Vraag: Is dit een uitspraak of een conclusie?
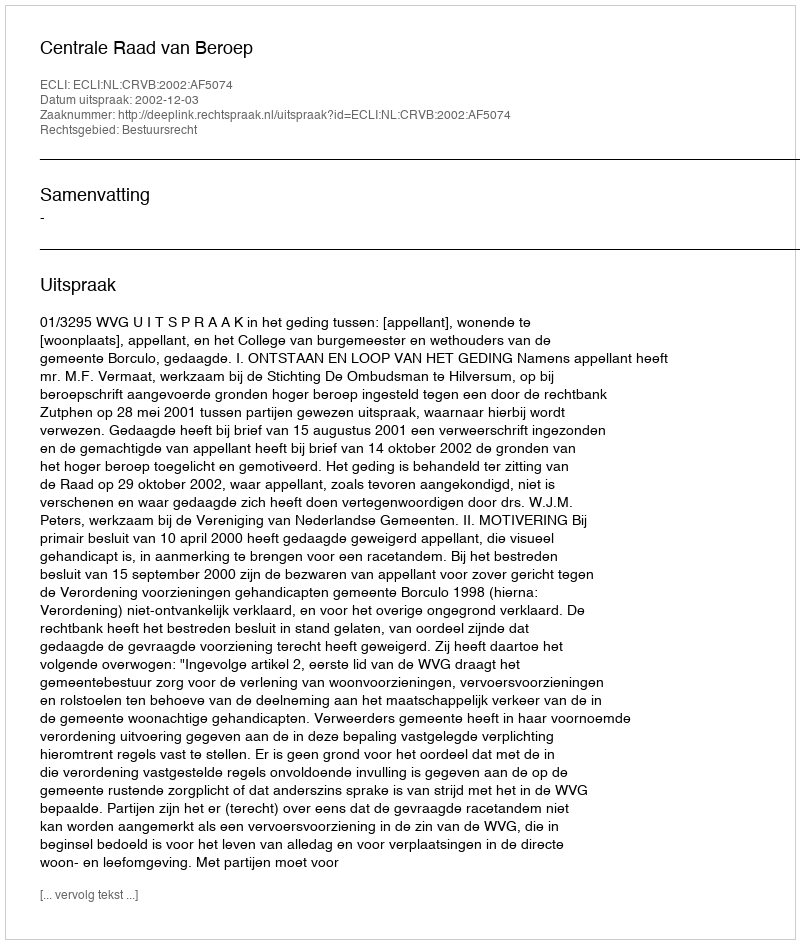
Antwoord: Uitspraak